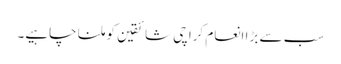
سب سے بڑا انعام کراچی شائقین کو ملنا چاہیے۔